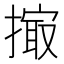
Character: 𢲻